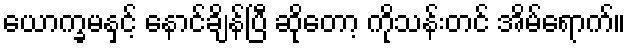
ယောက္ခမနှင့် နောင်ချိန်ပြီ ဆိုတော့ ကိုသန်းတင် အိမ်ရောက်။